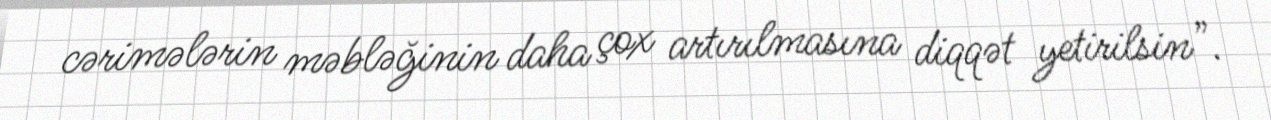
cərimələrin məbləğinin daha çox artırılmasına diqqət yetirilsin”.